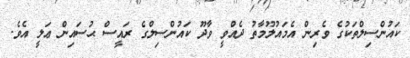
ކައުންސިލްތަކުގެ ވެރިން އެމައުލޫމާތު ދެއްވީ ވާދޫ ކައުންސިލްގެ ރައީސް ޙުސައިން ޢަލީ އެވެ.